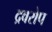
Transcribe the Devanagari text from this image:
द्रवरोप